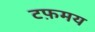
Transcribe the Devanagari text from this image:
टफ़मय